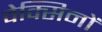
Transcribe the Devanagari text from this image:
वेक्सिनों